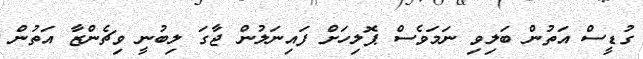
ގުޑީސް އަތުން ބަލިވި ނަމަވެސް ޕޮލިހަށް ފައިނަލުން ޖާގަ ލިބުނީ ވިޗެންޒާ އަތުން